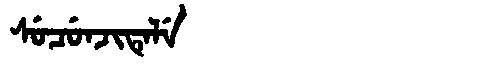
Manchu: ᠰᡠᠴᡠᠨᠵᡳᡨᡝᠯᡝ
Romanization: SUCUNJITELE